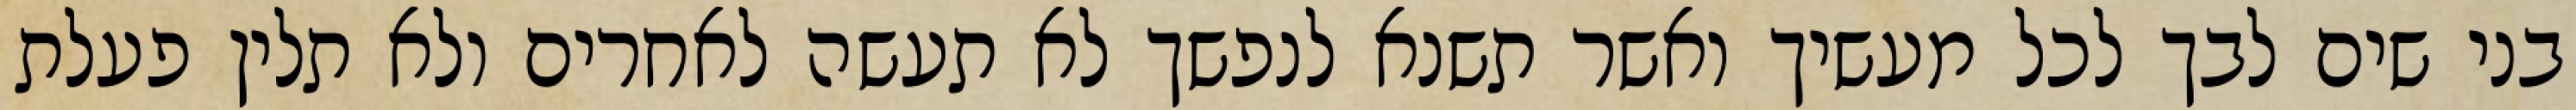
בני שים לבך לכל מעשיך ואשר תשנא לנפשך לא תעשה לאחרים ולא תלין פעלת